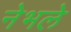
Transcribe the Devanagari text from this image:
नेभले